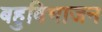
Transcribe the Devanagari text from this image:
बहुविभाजन